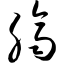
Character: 脐